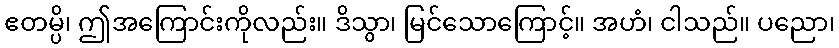
ဧတမ္ပိ၊ ဤအကြောင်းကိုလည်း။ ဒိသွာ၊ မြင်သောကြောင့်။ အဟံ၊ ငါသည်။ ပညော၊